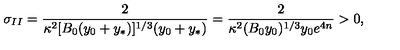
\sigma _ { I I } = { \frac { 2 } { \kappa ^ { 2 } [ B _ { 0 } ( y _ { 0 } + y _ { * } ) ] ^ { 1 / 3 } ( y _ { 0 } + y _ { * } ) } } = { \frac { 2 } { \kappa ^ { 2 } ( B _ { 0 } y _ { 0 } ) ^ { 1 / 3 } y _ { 0 } e ^ { 4 n } } } > 0 ,